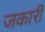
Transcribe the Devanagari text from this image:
जकारी